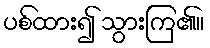
ပစ်ထား၍ သွားကြ၏။